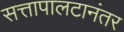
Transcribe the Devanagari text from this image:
सत्तापालटानंतर